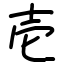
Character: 壱